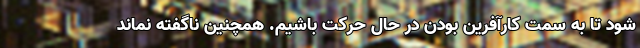
شود تا به سمت کارآفرین بودن در حال حرکت باشیم. همچنین ناگفته نماند